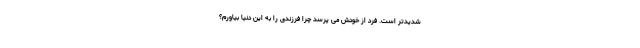
شدیدتر است. فرد از خودش می پرسد چرا فرزندی را به این دنیا بیاورم؟